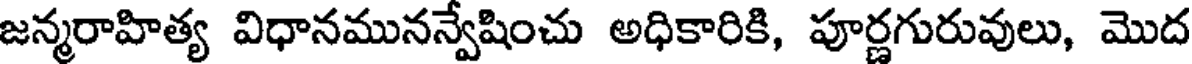
జన్మరాహిత్య విధానమునన్వేషించు అధికారికి, పూర్ణగురువులు, మొద